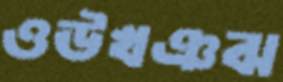
ওঊখঞঝ